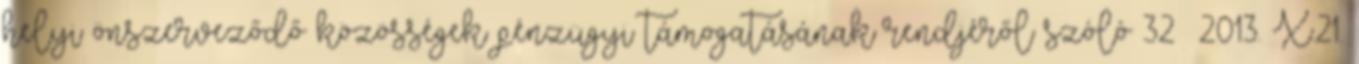
helyi önszerveződő közösségek pénzügyi támogatásának rendjéről szóló 32 2013. X.21.